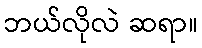
ဘယ်လိုလဲ ဆရာ။